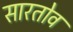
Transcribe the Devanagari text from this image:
सारतोव